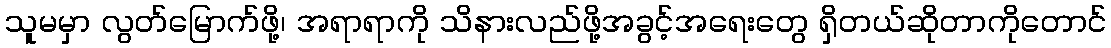
သူမမှာ လွတ်မြောက်ဖို့၊ အရာရာကို သိနားလည်ဖို့အခွင့်အရေးတွေ ရှိတယ်ဆိုတာကိုတောင်